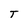
Character: T